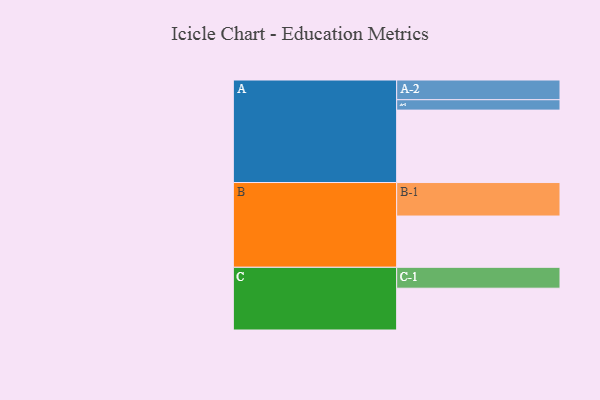
{"axis": {"x": "Segment", "y": "Value"}, "legend": ["", "A", "B", "C"], "data": [{"x": "A", "y": 558, "type": ""}, {"x": "B", "y": 395, "type": ""}, {"x": "C", "y": 322, "type": ""}, {"x": "A-1", "y": 80, "type": "A"}, {"x": "A-2", "y": 152, "type": "A"}, {"x": "B-1", "y": 258, "type": "B"}, {"x": "C-1", "y": 161, "type": "C"}]}